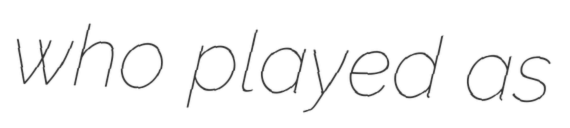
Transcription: who played as